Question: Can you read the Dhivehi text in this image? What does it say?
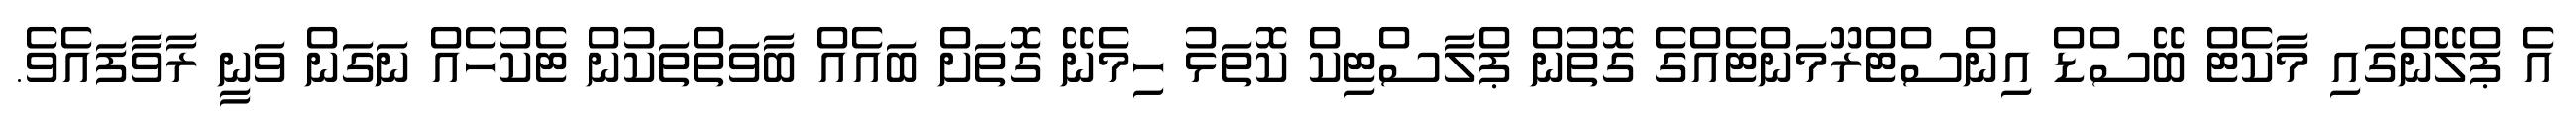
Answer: އެ ޕްލޭންގައި މާކެޓް ބޭސްޑް އިންސްޓްރޫމަންޓެއްގެ ގޮތުން ޕްލާސްޓިކް ކޮތަޅު ހިމެނޭ ގޮތަށް ބައެއް ބާވަތްތަކުން ޓެކުހެއް ނަގަން ވަނީ ރާވާފައެވެ.